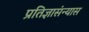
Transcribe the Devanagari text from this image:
प्रतिज्ञासंन्यास